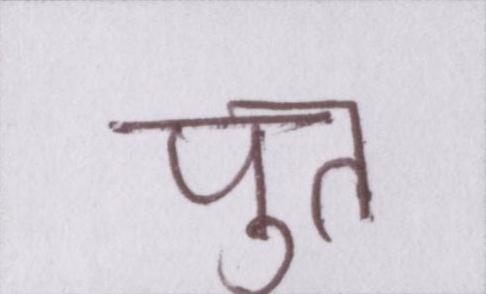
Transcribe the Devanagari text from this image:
पुत्त